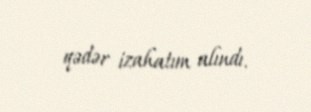
qədər izahatım alındı.